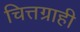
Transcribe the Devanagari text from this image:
चित्तग्राही